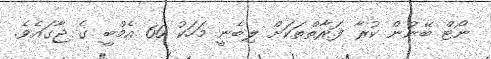
ނޯޓް ބޭނުން ކުރާ ފަރާތްތަކަށް ލިބެނީ މަހަކު 60 އެމްބީ ގެ ޖާގައެވެ.